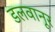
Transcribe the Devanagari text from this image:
डलवानूर